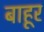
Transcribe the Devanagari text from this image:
बाहूर